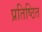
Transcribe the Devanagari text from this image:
प्रतिष्ठित